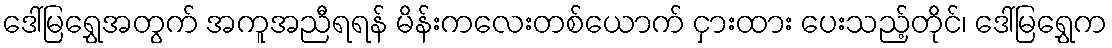
ဒေါ်မြရွှေအတွက် အကူအညီရရန် မိန်းကလေးတစ်ယောက် ငှားထား ပေးသည့်တိုင်၊ ဒေါ်မြရွှေက